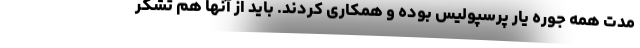
مدت همه جوره یار پرسپولیس بوده و همکاری کردند. باید از آنها هم تشکر